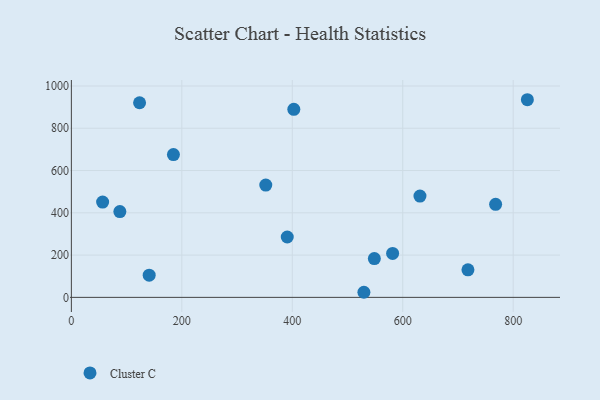
{"axis": {"x": "Experience", "y": "Exam Score"}, "legend": ["Cluster C"], "data": [{"x": "631.2", "y": 479.2, "type": "Cluster C"}, {"x": "529.7", "y": 24.1, "type": "Cluster C"}, {"x": "768.2", "y": 440.2, "type": "Cluster C"}, {"x": "390.9", "y": 285.6, "type": "Cluster C"}, {"x": "352.0", "y": 531.4, "type": "Cluster C"}, {"x": "581.7", "y": 208.1, "type": "Cluster C"}, {"x": "140.9", "y": 105.1, "type": "Cluster C"}, {"x": "718.1", "y": 130.5, "type": "Cluster C"}, {"x": "56.6", "y": 450.7, "type": "Cluster C"}, {"x": "825.7", "y": 935.0, "type": "Cluster C"}, {"x": "87.8", "y": 406.0, "type": "Cluster C"}, {"x": "548.6", "y": 183.5, "type": "Cluster C"}, {"x": "123.5", "y": 920.6, "type": "Cluster C"}, {"x": "184.8", "y": 675.6, "type": "Cluster C"}, {"x": "402.8", "y": 889.5, "type": "Cluster C"}]}